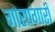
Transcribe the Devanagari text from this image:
गारपगारी